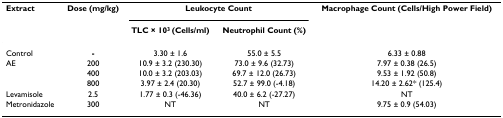
<table><thead><tr><td><b>Extract</b></td><td><b>Dose (mg/kg)</b></td><td colspan="2"><b>Leukocyte Count</b></td><td><b>Macrophage Count (Cells/High Power Field)</b></td></tr><tr><td></td><td></td><td><b>TLC × 10<sup>3 </sup>(Cells/ml)</b></td><td><b>Neutrophil Count (%)</b></td><td></td></tr></thead><tbody><tr><td>Control</td><td><b>-</b></td><td>3.30 ± 1.6</td><td>55.0 ± 5.5</td><td>6.33 ± 0.88</td></tr><tr><td>AE</td><td>200</td><td>10.9 ± 3.2 (230.30)</td><td>73.0 ± 9.6 (32.73)</td><td>7.97 ± 0.38 (26.5)</td></tr><tr><td></td><td>400</td><td>10.0 ± 3.2 (203.03)</td><td>69.7 ± 12.0 (26.73)</td><td>9.53 ± 1.92 (50.8)</td></tr><tr><td></td><td>800</td><td>3.97 ± 2.4 (20.30)</td><td>52.7 ± 99.0 (-4.18)</td><td>14.20 ± 2.62* (125.4)</td></tr><tr><td>Levamisole</td><td>2.5</td><td>1.77 ± 0.3 (-46.36)</td><td>40.0 ± 6.2 (-27.27)</td><td>NT</td></tr><tr><td>Metronidazole</td><td>300</td><td>NT</td><td>NT</td><td>9.75 ± 0.9 (54.03)</td></tr></tbody></table>